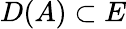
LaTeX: D(A)\subset E